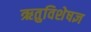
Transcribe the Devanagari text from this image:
ऋतुविशेषज्ञ